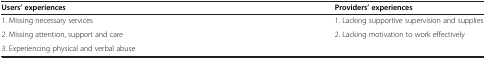
<table><thead><tr><td><b>Users’ experiences</b></td><td><b>Providers’ experiences</b></td></tr></thead><tbody><tr><td>1. Missing necessary services</td><td>1. Lacking supportive supervision and supplies</td></tr><tr><td>2. Missing attention, support and care</td><td rowspan="2">2. Lacking motivation to work effectively</td></tr><tr><td>3. Experiencing physical and verbal abuse</td></tr></tbody></table>